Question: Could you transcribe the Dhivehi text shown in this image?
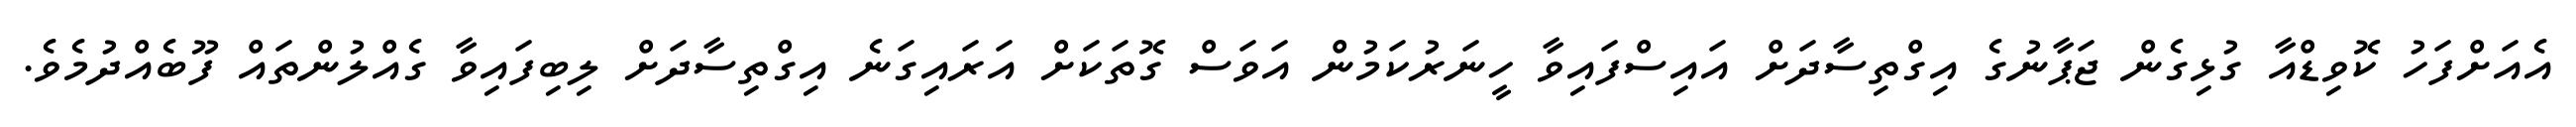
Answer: އެއަށްފަހު ކޮވިޑްއާ ގުޅިގެން ޖަޕާނުގެ އިގްތިސާދަށް އައިސްފައިވާ ހީނަރުކަމުން އަވަސް ގޮތަކަށް އަރައިގަނެ އިގްތިސާދަށް ލިބިފައިވާ ގެއްލުންތައް ފޫބެއްދުމެވެ.